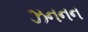
ઝનનન